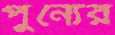
পুন্যের